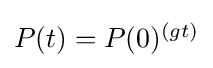
{\textstyle P(t)=P(0)^{(gt)}}